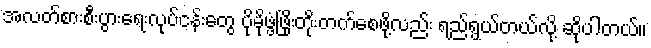
အလတ်စားစီးပွားရေးလုပ်ငန်းတွေ ပိုမိုဖွံ့ဖြိုးတိုးတက်စေဖို့လည်း ရည်ရွယ်တယ်လို့ ဆိုပါတယ်။